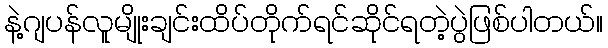
နဲ့ဂျပန်လူမျိုးချင်းထိပ်တိုက်ရင်ဆိုင်ရတဲ့ပွဲဖြစ်ပါတယ်။